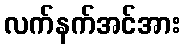
လက်နက်အင်အား